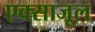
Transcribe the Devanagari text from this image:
एक्साजूल